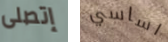
إتصلى اساسي